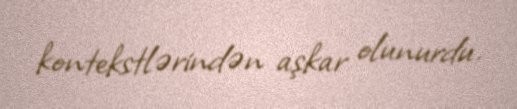
kontekstlərindən aşkar olunurdu.